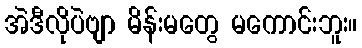
အဲဒီလိုပဲဗျာ မိန်းမတွေ မကောင်းဘူး။